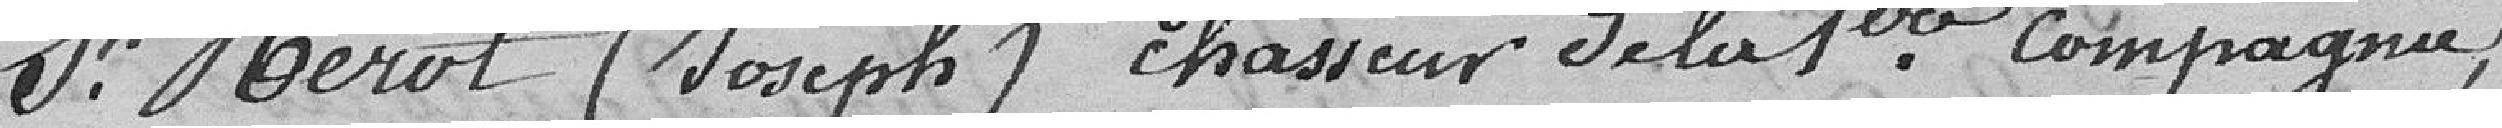
sieur Bérot (Joseph) chasseur de la première compagnie,